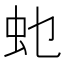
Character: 𮓲